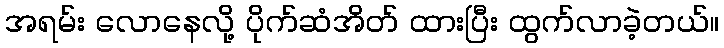
အရမ်း လောနေလို့ ပိုက်ဆံအိတ် ထားပြီး ထွက်လာခဲ့တယ်။